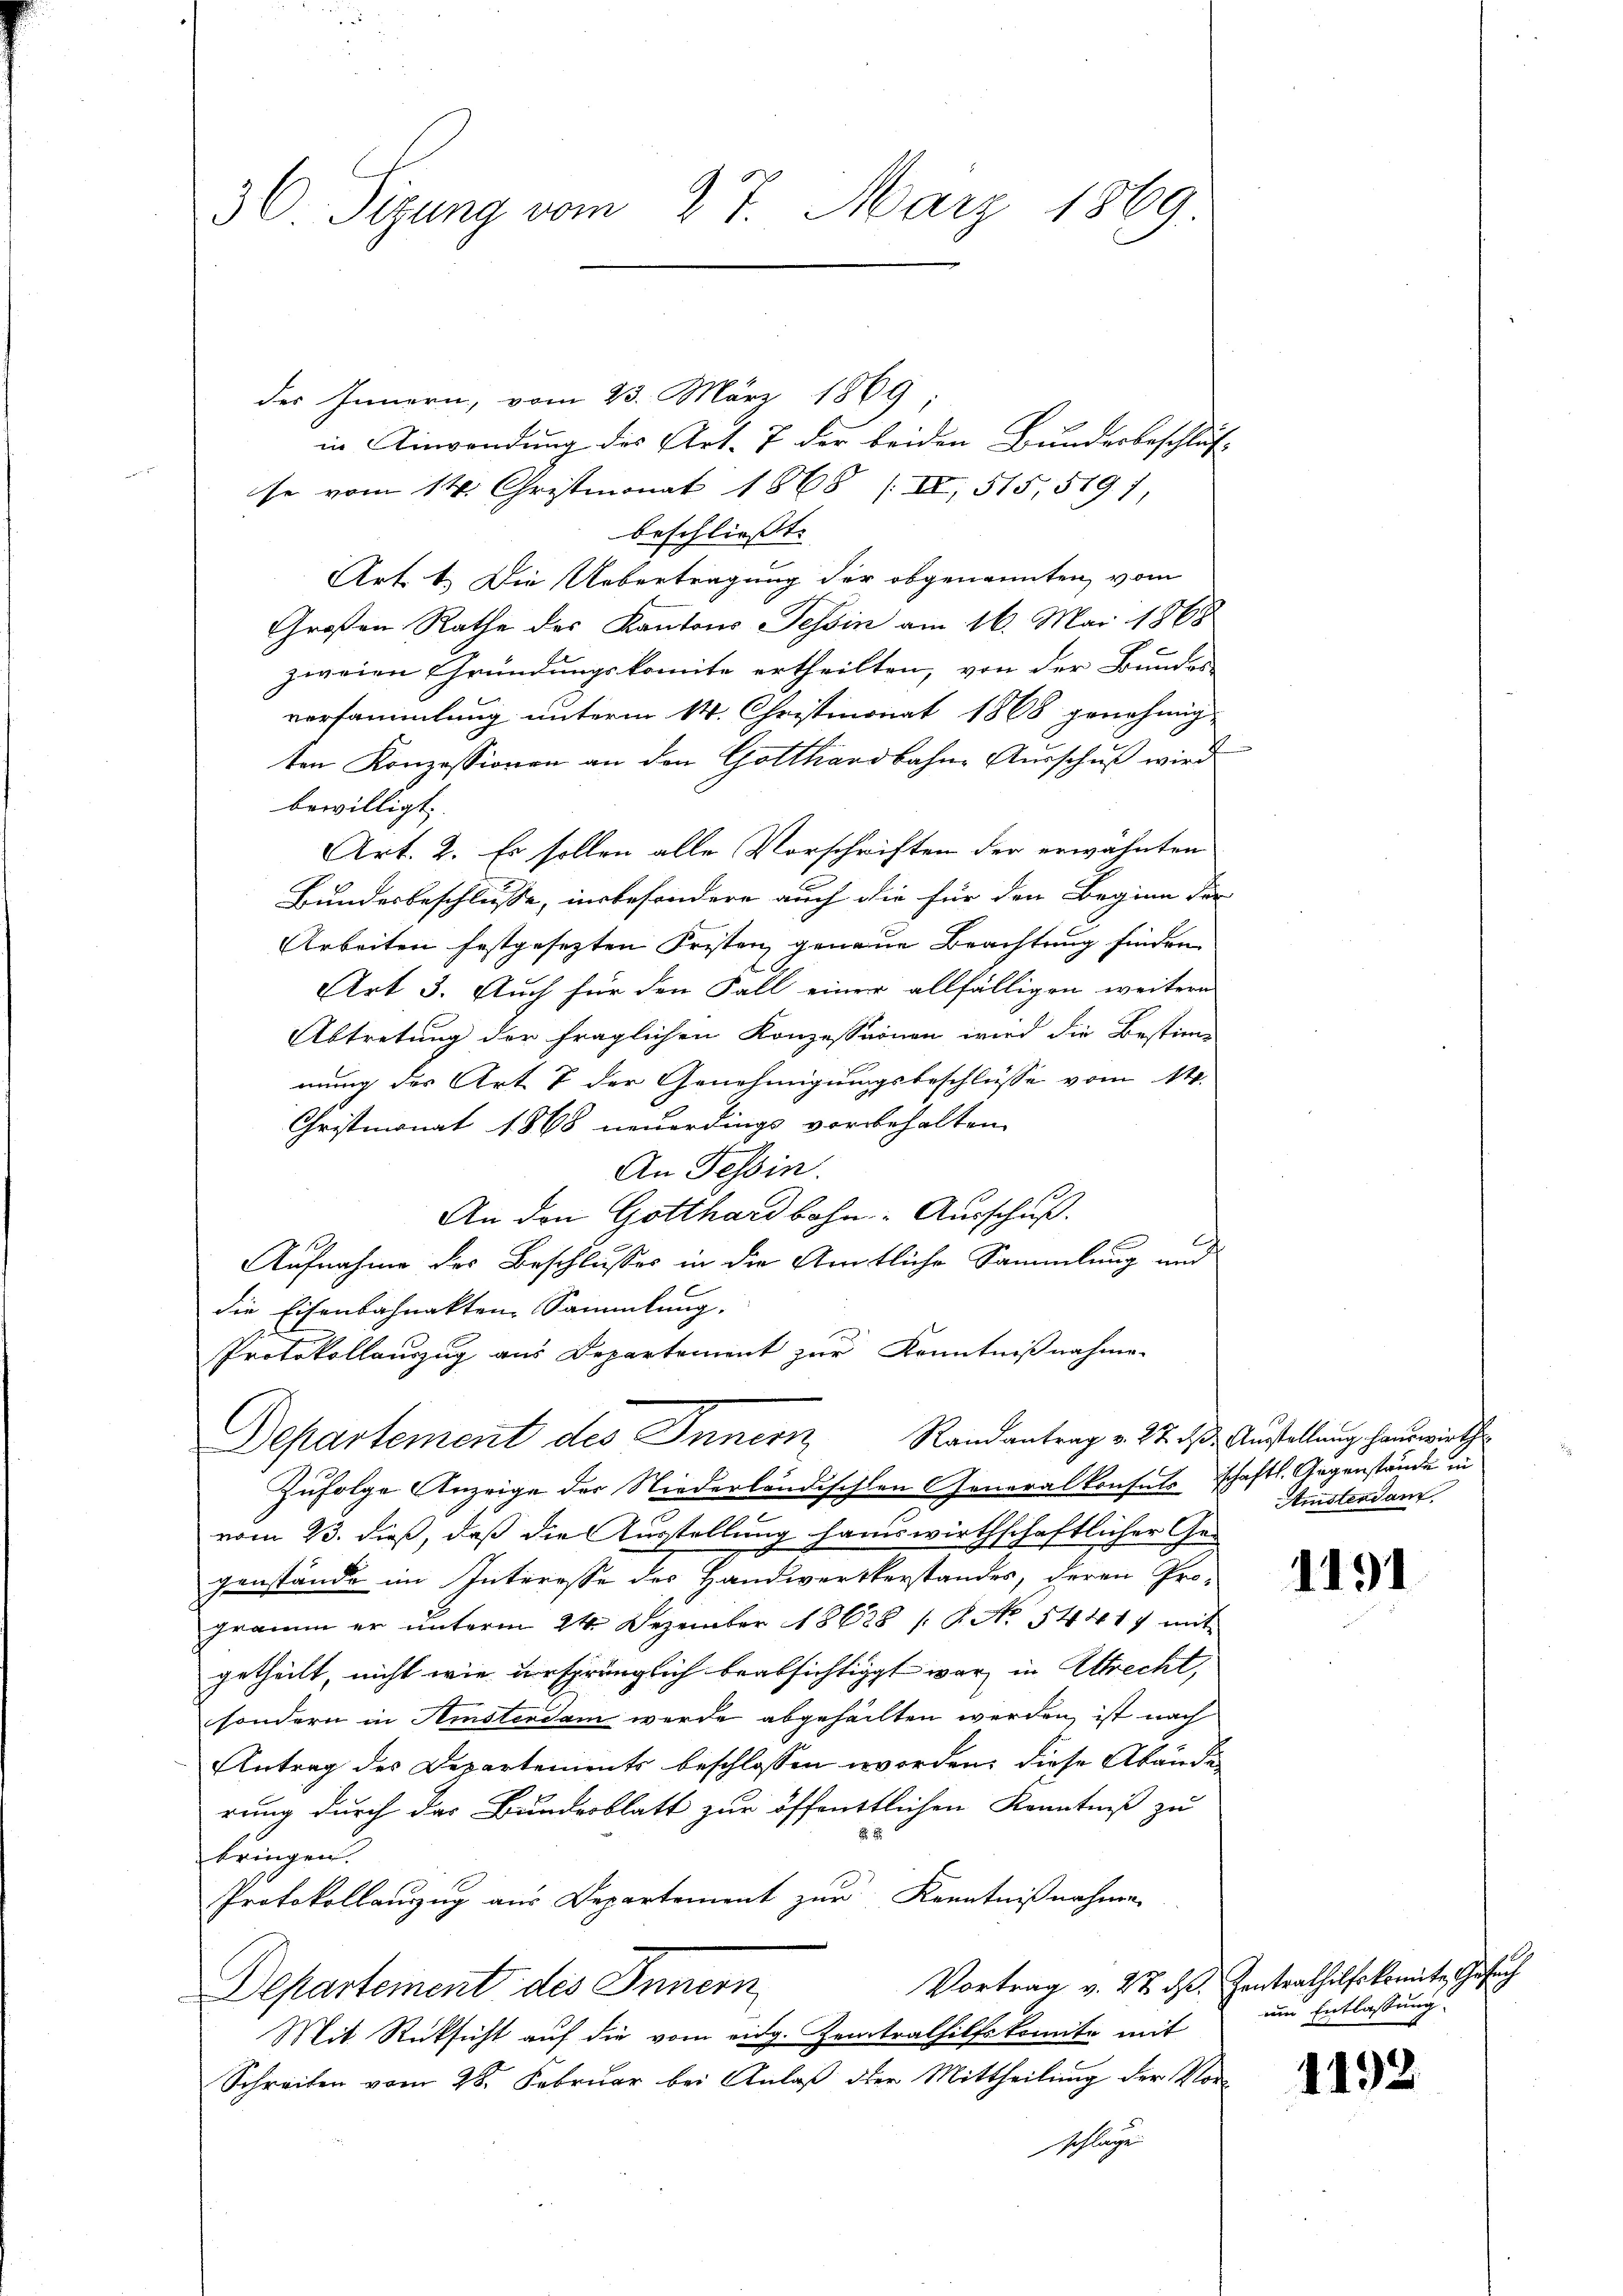
30. Sizung vom 27. März 1869

des Innern, vom 23. März 1869;
in Einwendung des Art. 7 der beiden Bundesbeschluss
se vom 14. Christmonat 1868 (II, 515, 5191,
beschließt:
Art. 1. Die Uebertragung der obgenannten vom
Großen Rathe des Kantons Tessin am 16. Mai 1868
zweien Gründungskomite ertheilten, von der Bundes
versammlung unterm 14. Christmonat 1868 genehmig-
ten Konzessionen an den Gotthardbahne Ausschuß wird
bewilligt.
Art. 2. Es sollen alle Vorschriften der erwähnten
Bundesbeschlüsse, insbesondere auch die für den Beginn der |
Arbeiten festgesezten Fristen genaue Beachtung finden
Art 3. Auch für den Fall einer allfälligen weitern
Abtretung der fraglichen Konzessionen wird die Bestim-
mung des Art 7 der Genehmigungsbeschlüsse vom 14.
Christmonat 1868 neuerdings vorbehalten.
An Tessin.
An den Gotthardbahn- Ausschuß.
Aufnahme des Beschlusses in die Amtliche Sammlung und
die Eisenbahnakten Sammlung.
Protokollauszug aus Departement zur Kenntnißnahme-
Randantrag v. 27. ds. Ausstellung hauswirth
Departement des Inner
Zufolge Anzeige des Niederländischen Generalkonsuls schaftl. Gegenstände in
s
vom 23. dieß, daß die Ausstellung handwirthschaftlicher Ge-
genstände im Interesse des Handwerkerstandes, deren Programm er unterm 24. Dezember 18638 / P. Nr. 54417 mit
getheilt, nicht wie ursprünglich beabsichtigt war in Altrecht,
sondern in Amsterdam werde abgeheilten werden, ist nach
Antrag des Departements beschlossen worden, diese Abänderung durch der Bundesblatt zur öffentlichen Kenntniß zu

bringen.
Protokollauszug aus Departement zur Kenntnißnahme
Vortrag v. 22. ds. Zentrathilfskomite Gesuch
Departement des Innern
Mit Rücksicht auf die vom eidg. Zentralhilfskomite mit
Schreiben vom 28. Februar bei Anlaß der Mittheilung der Vorschläge

Amsterdam

1191

um Entlassung

1192